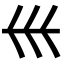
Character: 𡿧